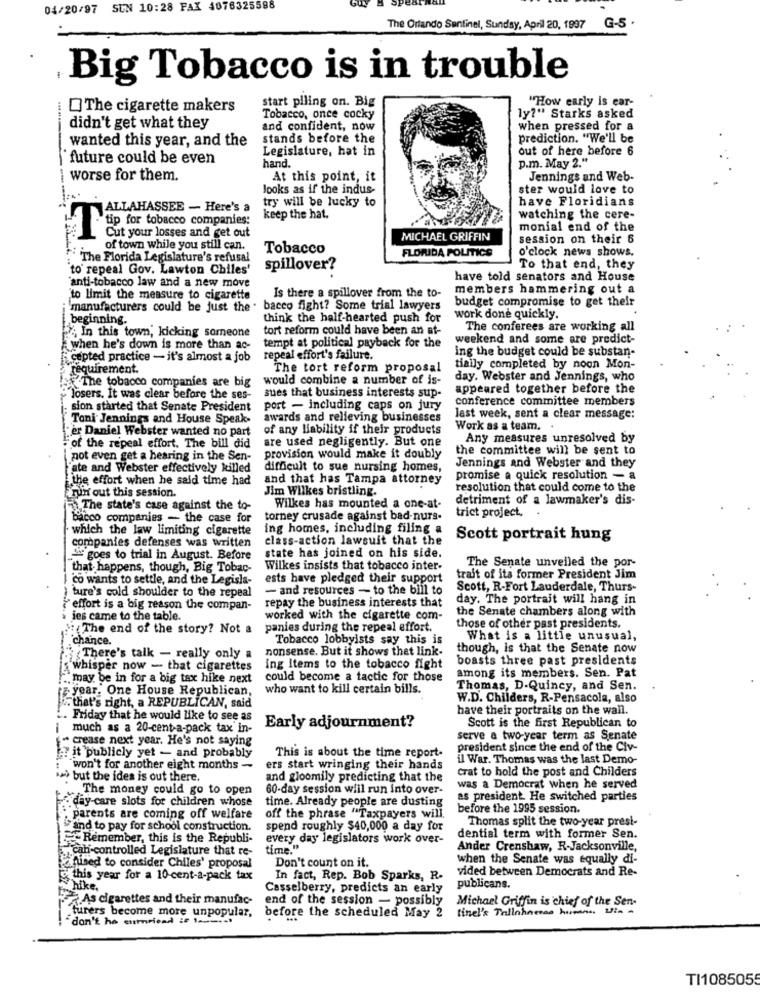
04/20/97
SUN 10:28 FAX 4076325598
The Orlando Sentinel, Sunday, April 20, 1937
G-5
-
Big Tobacco is in trouble
"How early is ear-
The cigarette makers
start piling on. Big
Tobacco, once cocky
ly?" Starks asked
didn't get what they
and confident, now
when pressed for a
wanted this year, and the
stands before the
prediction. "We'll be
Legislature, hat in
out of here before 6
future could be even
hand.
p.m. May 2."
worse for them.
At this point, it
Jennings and Web-
Jooks as if the indus-
ster would love to
try will be lucky to
have Floridians
ALLAHASSEE - Here's a
keep the hat.
watching the cere-
monial end of the
SP for tobacco companies:
Cut your losses and get out
MICHAEL GRIFFIN
session on their 6
of town while you still can.
Tobacco
FLORIDA POLITICS
o'clock news shows.
The Florida Legislature's refusal
to repeal Gov. Lawton Chiles'
spillover?
To that end, they
have told senators and House
'anti-tobacco law and a new move
Is there a spillover from the to-
members hammering out a
to limit the measure to cigarette
budget compromise to get their
'manufacturers could be just the . bacco fight? Some trial lawyers
beginning.
--
think the half-hearted push for
work done quickly.
In this town, kicking someone
tort reform could have been an at-
The conferees are working all
tempt at political payback for the
weekend and some are predict-
when he's down is more than ac-
ing the budget could be substan-
cepted practice - it's almost a job
repeal effort's failure.
requirement.
The tort reform proposal
tially completed by noon Mon-
would combine a number of is-
day. Webster and Jennings, who
The tobacco companies are big
appeared together before the
losers. It was clear before the ses-
sues that business interests sup-
conference committee members
sion started that Senate President
port - including caps on jury
Toni Jennings and House Speak-
awards and relieving businesses
last week, sent a clear message:
er Daniel Webster wanted no part
of any liability if their products
Work as a team. .
are used negligently. But one
Any measures unresolved by
of the repeal effort. The bill did
the committee will be sent to
pot even get a hearing in the Sen-
provision would make it doubly
Jennings and Webster and they
fate and Webster effectively killed
difficult to sue nursing homes,
the effort when he said time had
and that has Tampa attorney
promise a quick resolution - a
run out this session.
Jim Wilkes bristling.
resolution that could come to the
detriment of a lawmaker's dis-
The state's case against the to-
Wilkes has mounted a one-at-
bacco companies - the case for
torney crusade against bad-nurs-
trict project. .
which the law limiting cigarette
ing homes, including filing a
class-action lawsuit that the
Scott portrait hung
companies defenses was written
goes to trial in August. Before
state has joined on his side.
that happens, though, Big Tobac-
Wilkes insists that tobacco inter-
The Senate unveiled the por-
I co wants to settle, and the Legisla-
ests have pledged their support
trait of its former President Jim
- and resources - to the bill to
Scott, R-Fort Lauderdale, Thurs-
) ture's cold shoulder to the repeal
repay the business interests that
day. The portrait will hang in
effort is a big reason the compan-
the Senate chambers along with
ies came to the table.
worked with the cigarette com-
The end of the story? Not a
panies during the repeal effort.
those of other past presidents.
chance.
Tobacco lobbyists say this is
What is a little unusual,
nonsense. But it shows that link-
though, is that the Senate now
There's talk - really only a
boasts three past presidents
whisper now - that cigarettes
ing Items to the tobacco fight
among its members. Sen. Pat
." may be in for a big tax hike next
could become a tactic for those
who want to kill certain bills.
Thomas, D.Quincy, and Sen.
year. One House Republican,
W.D. Childers, R-Pensacola, also
. that's right, a REPUBLICAN, said
have their portraits on the wall.
.. Friday that he would like to see as
Scott is the first Republican to
i much as a 20-cent-a-pack tax in-
Early adjournment?
= crease next year. He's not saying
serve a two-year term as Senate
president since the end of the Civ-
7 it publicly yet - and probably
This is about the time report-
il War. Thomas was the last Demo-
: won't for another eight months -
ers start wringing their hands
Crat to hold the post and Childers
> but the idea is out there.
and gloomily predicting that the
The money could go to open
60-day session will run into over-
was a Democrat when he served
.. day-care slots for children whose
time. Already people are dusting
as president. He switched parties
before the 1995 session.
"parents are coming off welfare
off the phrase "Taxpayers will.
Thomas split the two-year presi-
and to pay for school construction.
spend roughly $40,000 a day for
Remember, this is the Republi-
every day legislators work over-
dential term with former Sen.
cah-controlled Legislature that re-
time."
Ander Crenshaw, R-Jacksonville,
when the Senate was equally di-
enised to consider Chiles' proposal
Don't count on it.
vided between Democrats and Re-
& this year for a 10-cent-a-pack tax
In fact, Rep. Bob Sparks, R.
hike,
Casselberry, predicts an early
publicans.
As cigarettes and their manufac-
end of the session - possibly
Michael Griffin is chief of the Sen-
tine's Thilohamas humans Via
turers become more unpopular, before the scheduled May 2
"don't ho eumriend if 1-1.4.
TI1085055